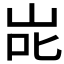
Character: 𭇝